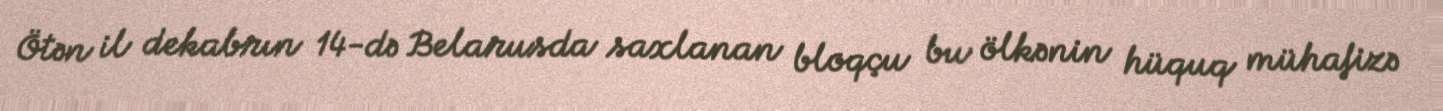
Ötən il dekabrın 14-də Belarusda saxlanan bloqçu bu ölkənin hüquq mühafizə